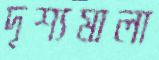
দৃশ্যমালা